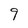
Character: 9